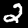
Label: 2